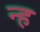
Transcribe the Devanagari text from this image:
न्ह